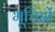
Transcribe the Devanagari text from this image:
भूचिह्नों